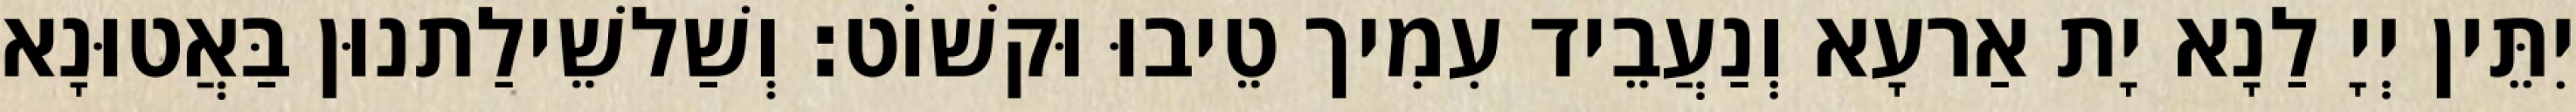
יִתֵּין יְיָ לַנָא יָת אַרעָא וְנַעֲבֵיד עִמִיך טֵיבוּ וּקשׁוֹט׃ וְשַׁלשֵׁילַתנוּן בַּאֲטוּנָא